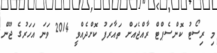
މި ރިސޯޓު ކޮންސެޕްޓް ރާއްޖެއަށް ތައާރަފު ކޮށްދެއްވީ 2014 ވަނަ އަހަރުގެ ޖޫން